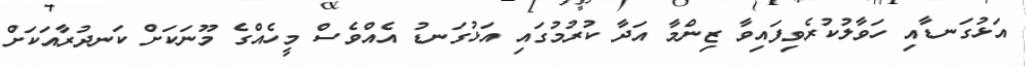
އަޅުގަނޑާއި ހަވާލުކުރެވިފައިވާ ޒިންމާ އަދާ ކުރުމުގައި އަޅުގަނޑު އެއްވެސް މީހެއްގެ މޫނަކަށް ކަނދުރާއަކަށް